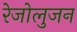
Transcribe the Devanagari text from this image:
रेजोलुजन